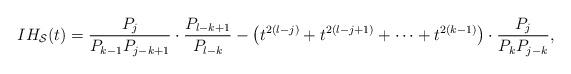
LaTeX: \begin{align*}IH_{\mathcal S}(t)=\frac{P_{j}}{P_{k-1}P_{j-k+1}}\cdot\frac{P_{l-k+1}}{P_{l-k}}-\left(t^{2(l-j)}+t^{2(l-j+1)}+\dots+t^{2(k-1)}\right)\cdot\frac{P_{j}}{P_{k}P_{j-k}},\end{align*}